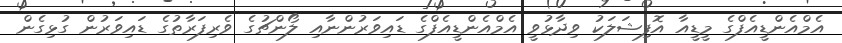
އެމްއެންޑީއެފްގެ މީޑީއާ އޮފިޝަލަކު ވިދާޅުވީ އެމްއެންޑީއެފްގެ ޑައިވަރުންނާއި ލޯންޗުގެ ވެރިފަރާތުގެ ޑައިވަރުން ގުޅިގެން